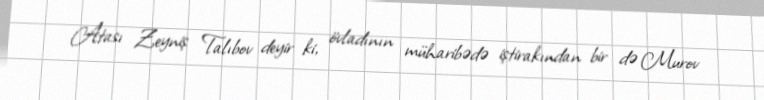
Atası Zeyniş Talıbov deyir ki, övladının müharibədə iştirakından bir də Murov